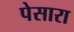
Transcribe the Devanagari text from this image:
पेसारा